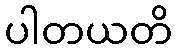
ပါတယတိ